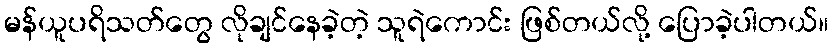
မန်ယူပရိသတ်တွေ လိုချင်နေခဲ့တဲ့ သူရဲကောင်း ဖြစ်တယ်လို့ ပြောခဲ့ပါတယ်။